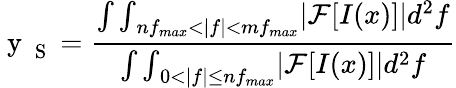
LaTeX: \mathrm{~y~}_{\mathrm{~S~}}=\frac{{\int\int}_{nf_{max}<|f|<mf_{max}}|\mathcal{F}[I(x)]|d^{2}f}{{\int\int}_{0<|f|\leq nf_{max}}|\mathcal{F}[I(x)]|d^{2}f}